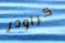
كراودر